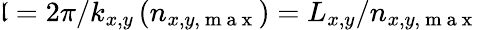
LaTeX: \mathfrak{l}={2}\pi/k_{x,y}\, (n_{x,y,\mathrm{{~m~a~x~}}})=L_{x,y}/n_{x,y,\mathrm{{~m~a~x~}}}